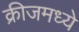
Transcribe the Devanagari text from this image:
क्रीजमध्ये